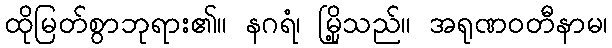
ထိုမြတ်စွာဘုရား၏။ နဂရံ၊ မြို့သည်။ အရုဏဝတီနာမ၊